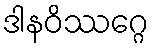
ဒါနဝိဿဂ္ဂေ